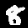
Label: 8